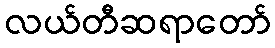
လယ်တီဆရာတော်